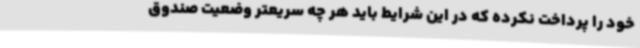
خود را پرداخت نکرده که در این شرایط باید هر چه سریعتر وضعیت صندوق